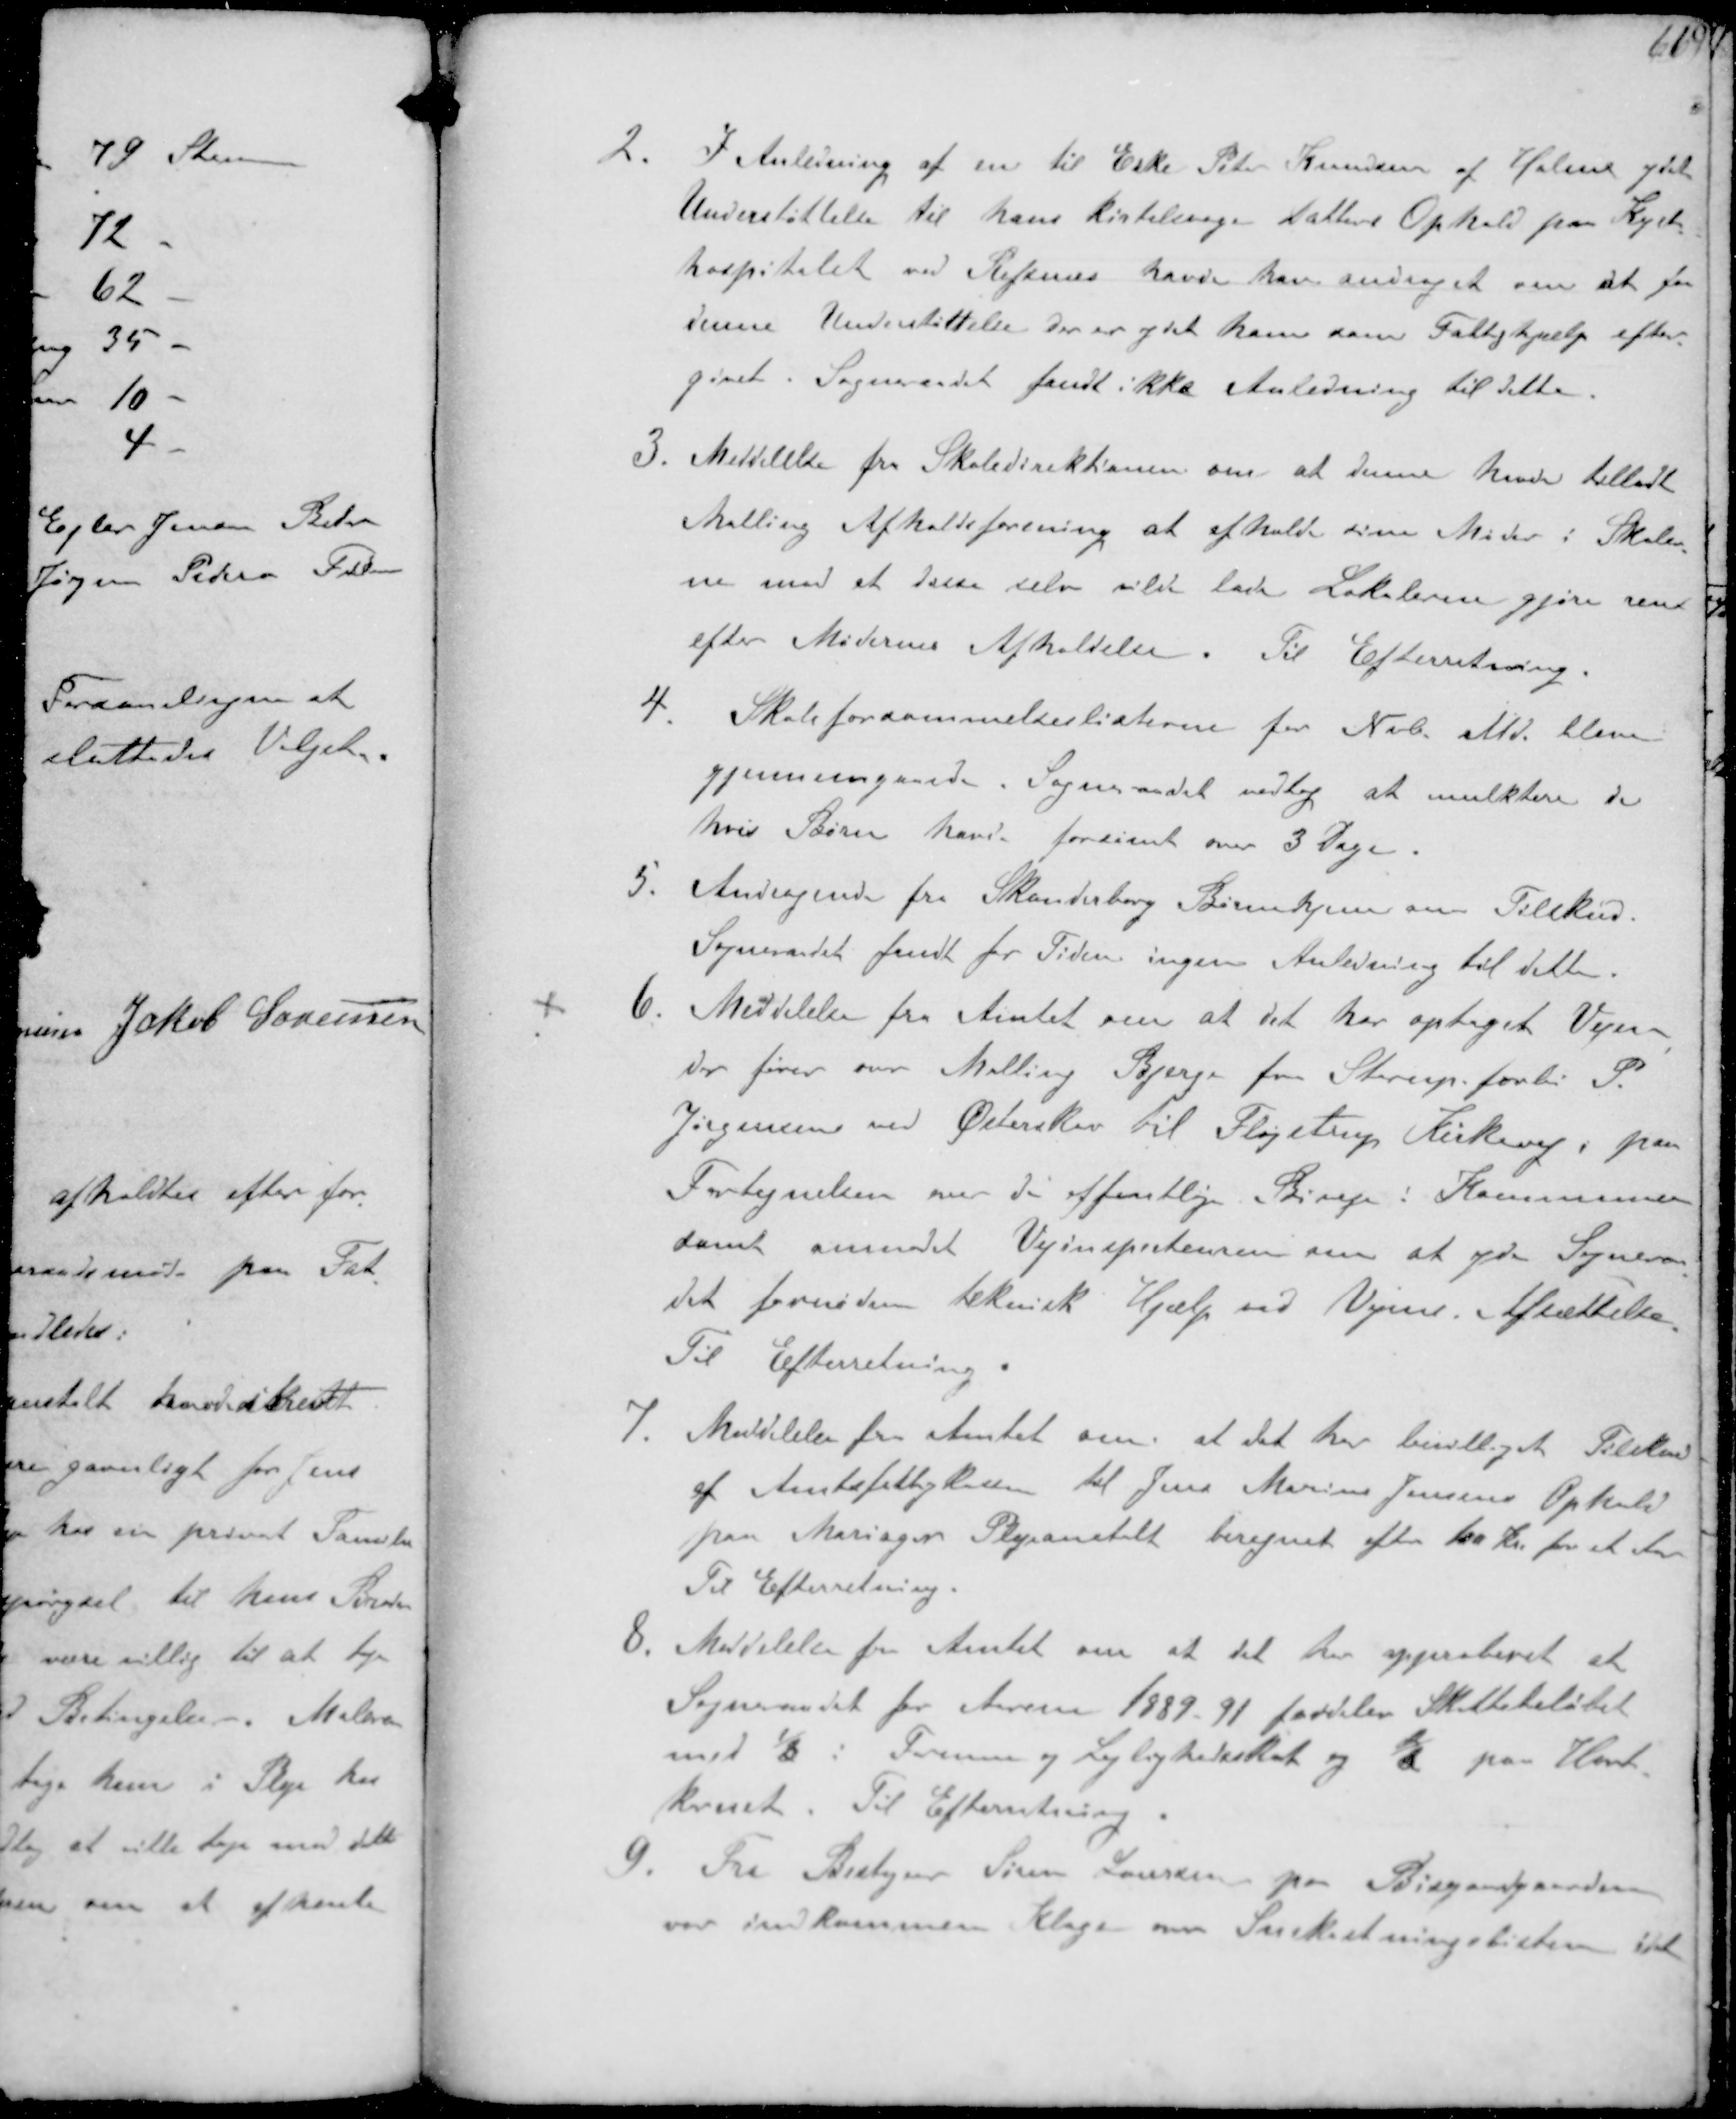
Transskription:
2. I Anledning af en til Eske Peter Knudsen af Holme ydet
Understøttelse til hans kirtelsvage datters Ophold paa Kyst-
hospitalet ved Refsnæs havde han andraget om at faa
denne Understøttelse der er ydet ham som Fattighjælp efter-
givet. Sogneraadet fandt ikke Anledning til dette
3. Meddelelse fra Skoledirektionen om at denne havde tilladt
Malling Afholdsforening at afholde sine Møder i Skoler-
ne mod et disse selv vilde lade Lokaleren gjøre rent
efter Mødernes Afholdelse. Til Efterretning.
4 Skoleforsømmelseslisterne for Nvb. Md. bleve
gjennemgaaede. Sogneraadet vedtog at mulktere de
hvis Børn havde forsømt over 3 Dage.
5. Andragende fra Skanderborg Børnehjem om Tilskud.
Sogneraadet fandt for Tiden ingen Anledning til dette.
6.
Meddelelse fra Amtet om at det har optaget Vejen
der fører over Malling Bjerge fra Starup forbi P
Jørgensen ved Østerskov til Fløjstrup Kirkevej, paa
Fortegnelsen over de offentlige Biveje i Kommunen
samt anmodet Vejinspectensen om at yde Sogneraa-
det fornøden teknisk Hjælp til Vejens Afsættelse
Til Efterretning
7. Meddelelse fra Amtet om at det her bevilliget Tilsskud
af Amtsfattigkassen til Jens Marius Jensens Ophold
paa Mariager Plejeanstalt beregnet efter 100 Kr for et Aar
Til Efterretning.
8. Meddelelse fra Amtet om at det har approberet at
Sogneraadet for Aarene 1889-91 fordeles Skattebeløbet
med 1/3 i Formue og Lejlighedsskat og 2/3 paa Hart-
kornet Til Efterretning
9. Fra Bestyrer Søren Laursen paa Bisgaardgaarden
var indkommen Klage om Snekastningslisten idet